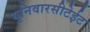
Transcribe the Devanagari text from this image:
युनिवारसीटेईट